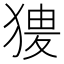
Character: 𤟺